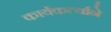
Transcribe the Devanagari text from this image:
कार्यकर्त्याने